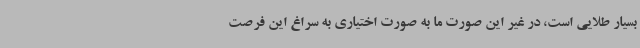
بسیار طلایی است، در غیر این صورت ما به صورت اختیاری به سراغ این فرصت